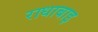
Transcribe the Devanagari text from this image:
राधाबाइ